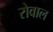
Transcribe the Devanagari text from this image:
रोवाल